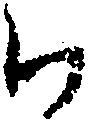
ハ